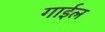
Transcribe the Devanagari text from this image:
गाईल